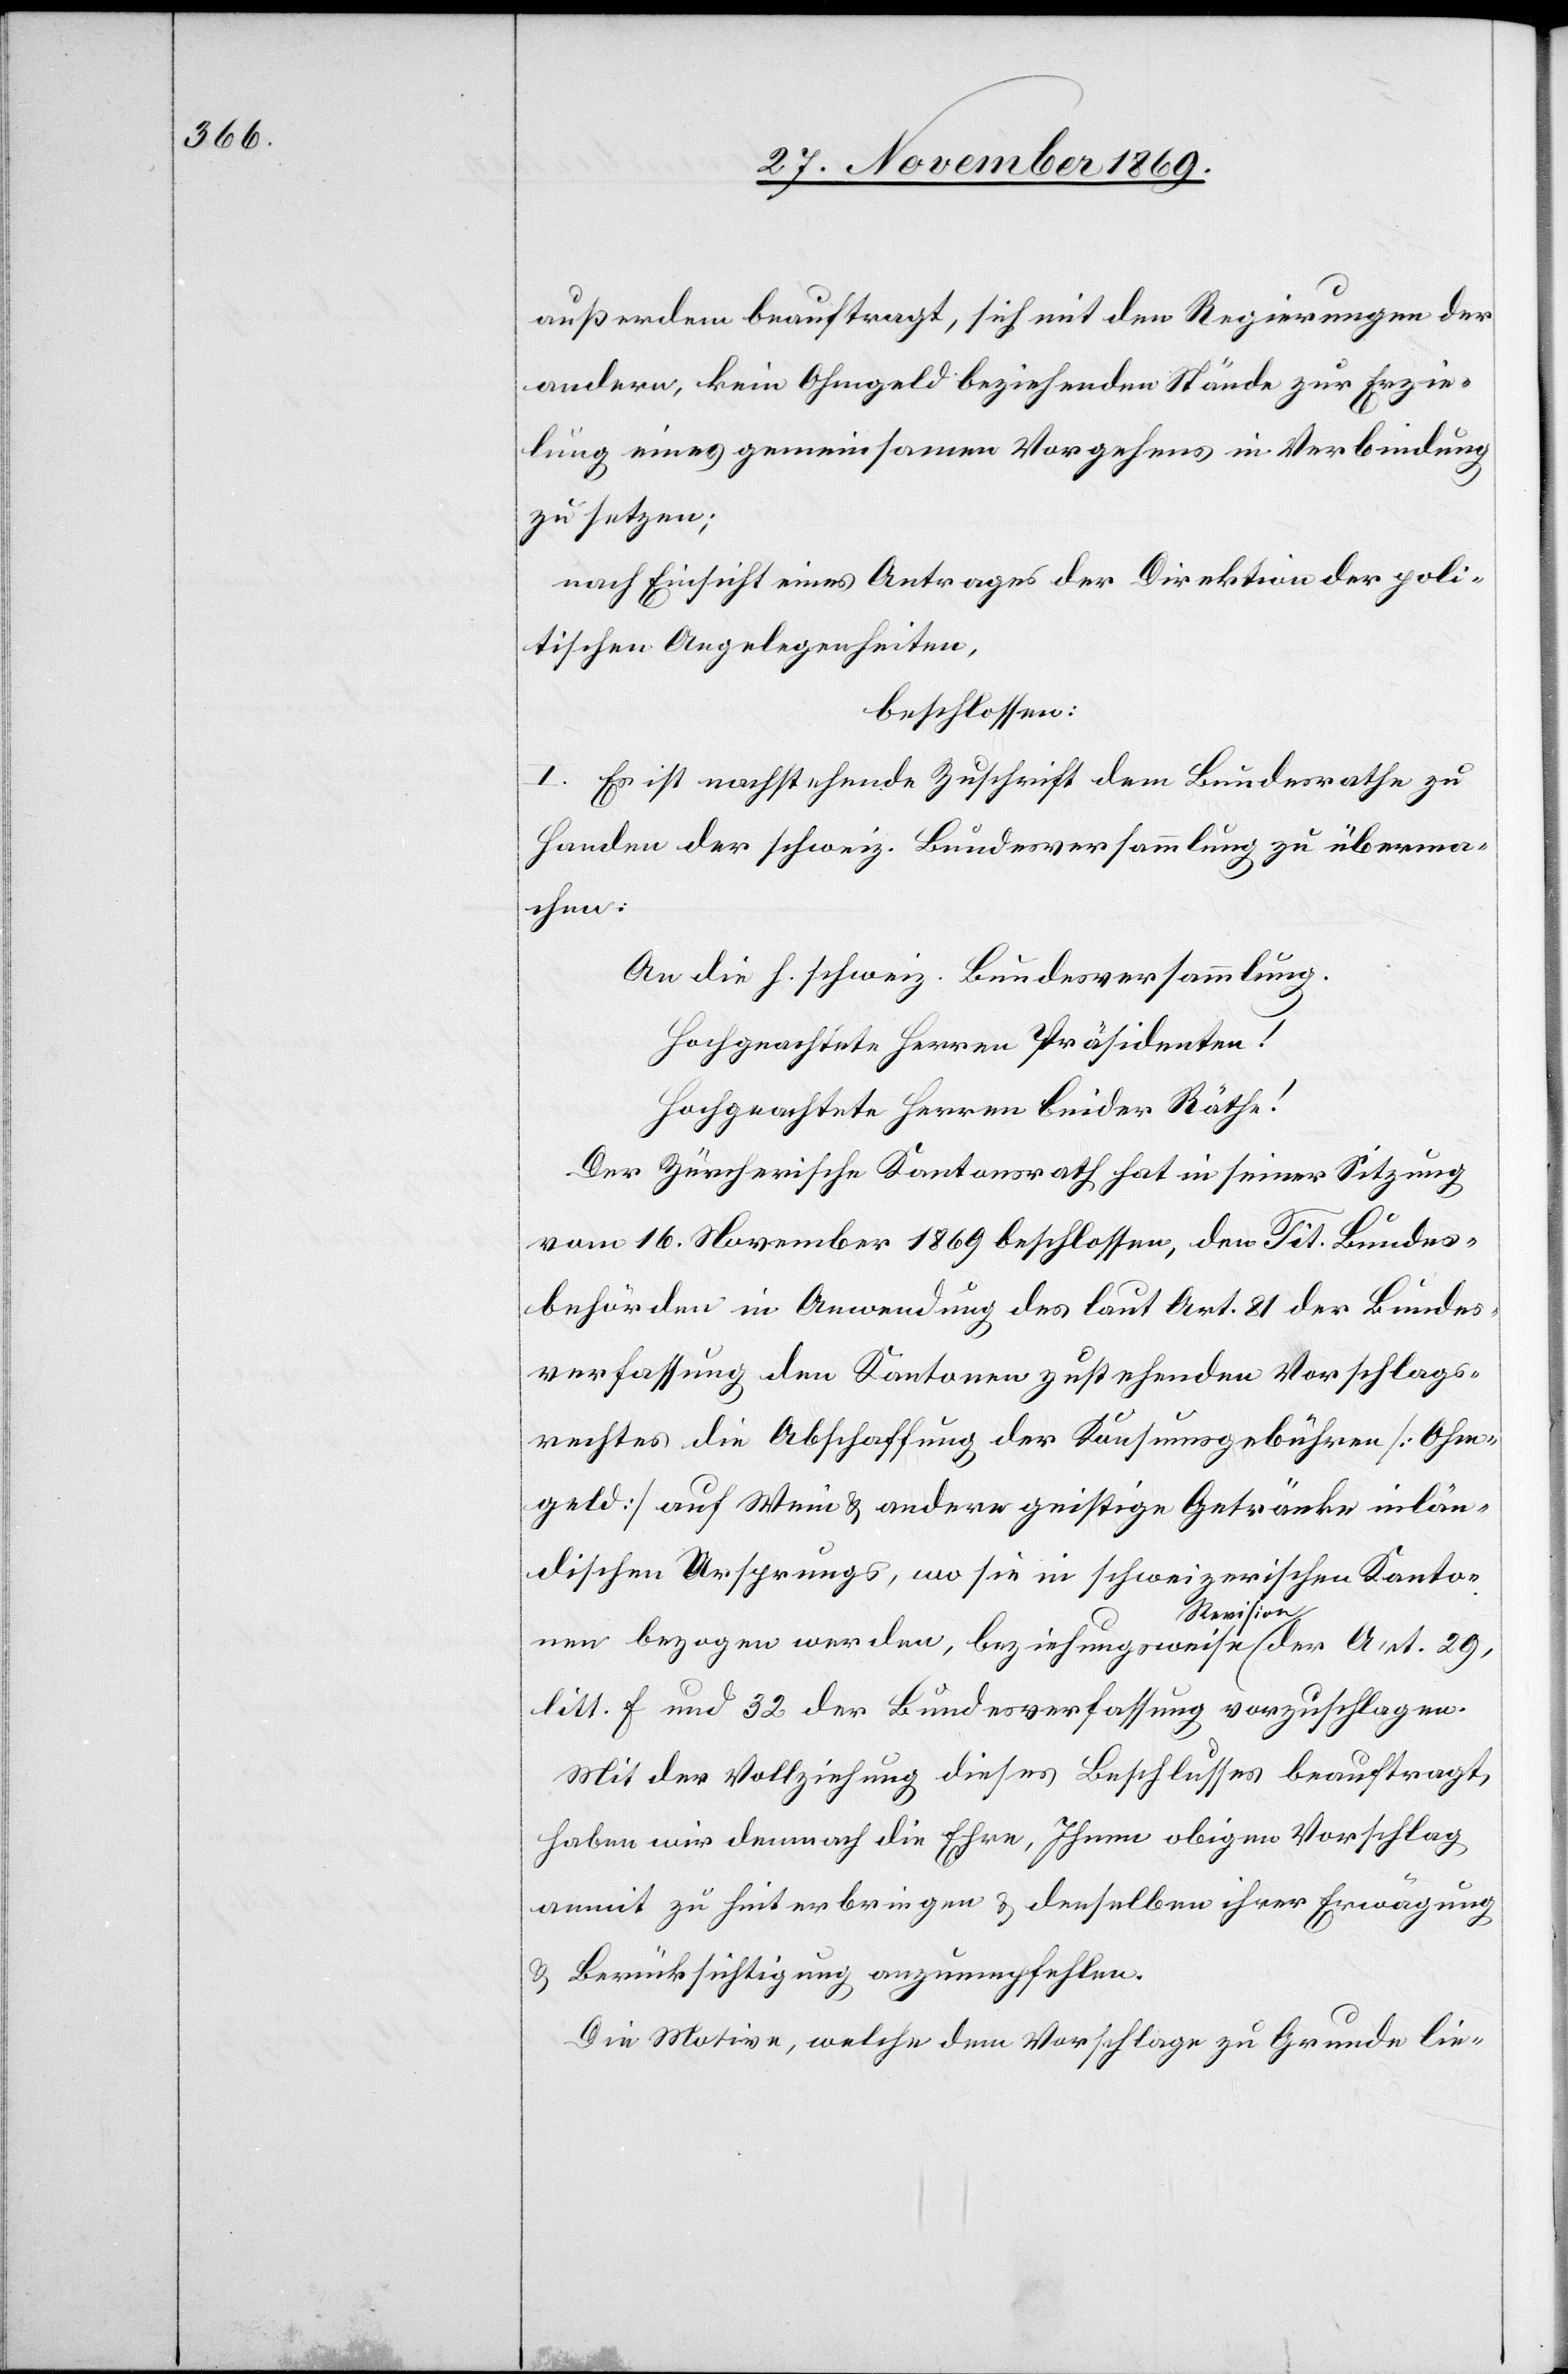
außerdem beauftragt, sich mit den Regierungen der
andern, kein Ohmgeld beziehenden Stände zur Erzie¬
lung eines gemeinsamen Vorgehens in Verbindung
zu setzen;
nach Einsicht eines Antrages der Direktion der poli¬
tischen Angelegenheiten,
beschlossen:
I. Es ist nachstehende Zuschrift dem Bundesrathe zu
Handen der schweiz. Bundesversammlung zu überma¬
chen:
An die h. schweiz. Bundesversammlung.
Hochgeachtete Herren Präsidenten!
Hochgeachtete Herren beider Räthe!
Der Zürcherische Kantonsrath hat in seiner Sitzung
vom 16. November 1869 beschlossen, den Tit. Bundes¬
behörden in Anwendung des laut Art. 81 der Bundes¬
verfassung den Kantonen zustehenden Vorschlags¬
rechtes die Abschaffung der Konsumsgebühren [Ohm¬
geld] auf Wein & andere geistige Getränke inlän¬
dischen Ursprungs, wo sie in schweizerischen Kanto¬
nen bezogen werden, beziehungsweise Revision der Art. 29,
litt. f und 32 der Bundesverfassung vorzuschlagen.
Mit der Vollziehung dieses Beschlusses beauftragt,
haben wir demnach die Ehre, Ihnen obigen Vorschlag
anmit zu hinterbringen & denselben ihrer Erwägung
& Berücksichtigung anzuempfehlen.
Die Motive, welche dem Vorschlage zu Grunde lie-